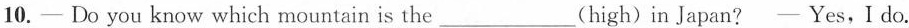
10.- Do you know which mountain is the___(high) in Japan? —Yes,I do.